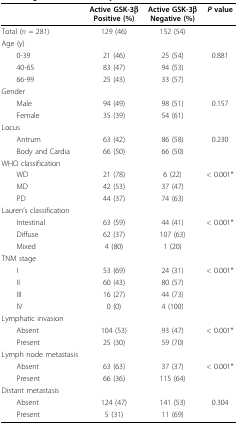
<table><thead><tr><td></td><td><b>Active GSK-3βPositive (%)</b></td><td><b>Active GSK-3βNegative (%)</b></td><td><b><i>P </i>value</b></td></tr></thead><tbody><tr><td>Total (<i>n </i>= 281)</td><td>129 (46)</td><td>152 (54)</td><td></td></tr><tr><td>Age (y)</td><td></td><td></td><td></td></tr><tr><td> 0-39</td><td>21 (46)</td><td>25 (54)</td><td>0.881</td></tr><tr><td> 40-65</td><td>83 (47)</td><td>94 (53)</td><td></td></tr><tr><td> 66-99</td><td>25 (43)</td><td>33 (57)</td><td></td></tr><tr><td>Gender</td><td></td><td></td><td></td></tr><tr><td> Male</td><td>94 (49)</td><td>98 (51)</td><td>0.157</td></tr><tr><td> Female</td><td>35 (39)</td><td>54 (61)</td><td></td></tr><tr><td>Locus</td><td></td><td></td><td></td></tr><tr><td> Antrum</td><td>63 (42)</td><td>86 (58)</td><td>0.230</td></tr><tr><td> Body and Cardia</td><td>66 (50)</td><td>66 (50)</td><td></td></tr><tr><td>WHO classification</td><td></td><td></td><td></td></tr><tr><td> WD</td><td>21 (78)</td><td>6 (22)</td><td>&lt; 0.001*</td></tr><tr><td> MD</td><td>42 (53)</td><td>37 (47)</td><td></td></tr><tr><td> PD</td><td>44 (37)</td><td>74 (63)</td><td></td></tr><tr><td>Lauren&#x27;s classification</td><td></td><td></td><td></td></tr><tr><td> Intestinal</td><td>63 (59)</td><td>44 (41)</td><td>&lt; 0.001*</td></tr><tr><td> Diffuse</td><td>62 (37)</td><td>107 (63)</td><td></td></tr><tr><td> Mixed</td><td>4 (80)</td><td>1 (20)</td><td></td></tr><tr><td>TNM stage</td><td></td><td></td><td></td></tr><tr><td> I</td><td>53 (69)</td><td>24 (31)</td><td>&lt; 0.001*</td></tr><tr><td> II</td><td>60 (43)</td><td>80 (57)</td><td></td></tr><tr><td> III</td><td>16 (27)</td><td>44 (73)</td><td></td></tr><tr><td> IV</td><td>0 (0)</td><td>4 (100)</td><td></td></tr><tr><td>Lymphatic invasion</td><td></td><td></td><td></td></tr><tr><td> Absent</td><td>104 (53)</td><td>93 (47)</td><td>&lt; 0.001*</td></tr><tr><td> Present</td><td>25 (30)</td><td>59 (70)</td><td></td></tr><tr><td>Lymph node metastasis</td><td></td><td></td><td></td></tr><tr><td> Absent</td><td>63 (63)</td><td>37 (37)</td><td>&lt; 0.001*</td></tr><tr><td> Present</td><td>66 (36)</td><td>115 (64)</td><td></td></tr><tr><td>Distant metastasis</td><td></td><td></td><td></td></tr><tr><td> Absent</td><td>124 (47)</td><td>141 (53)</td><td>0.304</td></tr><tr><td> Present</td><td>5 (31)</td><td>11 (69)</td><td></td></tr></tbody></table>